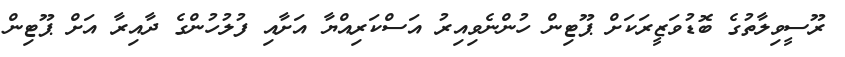
ރޫސީވިލާތުގެ ބޮޑުވަޒީރަކަށް ޕޫޓިން ހުންނެވިއިރު އަސްކަރިއްޔާ އަށާއި ފުލުހުންގެ ދާއިރާ އަށް ޕޫޓިން